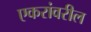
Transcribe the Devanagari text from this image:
एकरांवरील